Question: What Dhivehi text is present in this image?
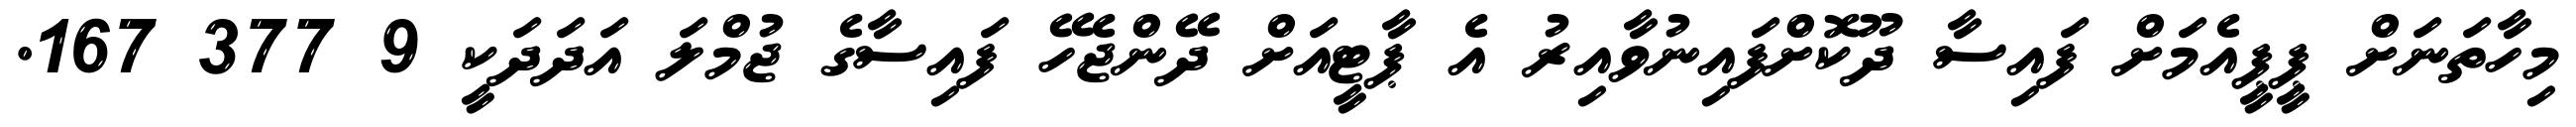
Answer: މިހާތަނަށް ޕީޕީއެމަށް ފައިސާ ދޫކޮށްފައިނުވާއިރު އެ ޕާޓީއަށް ދޭންޖެހޭ ފައިސާގެ ޖުމްލަ އަދަދަކީ 9 377 167.